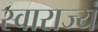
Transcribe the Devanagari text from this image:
स्वाराज्यं